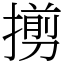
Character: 㨵